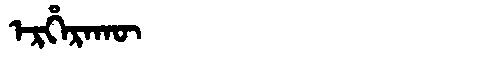
Manchu: ᡝᡵᡥᡝᡵᠠᡴᡡ
Romanization: ERHERAKŪ